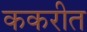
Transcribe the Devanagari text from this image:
ककरीत